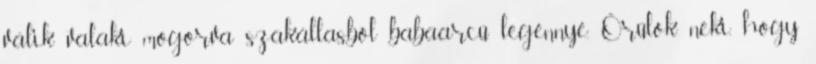
válik valaki mogorva szakállasból babaarcú legénnyé. Örülök neki, hogy